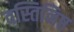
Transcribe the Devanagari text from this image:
वस्तिनिष्ठ